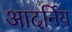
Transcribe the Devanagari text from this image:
आदर्निय